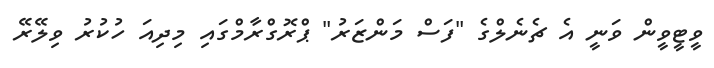
ވީޓީވީން ވަނީ އެ ޗެނެލްގެ "ފަސް މަންޒަރު" ޕްރޮގްރާމްގައި މިދިއަ ހުކުރު ވިލޭރޭ